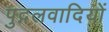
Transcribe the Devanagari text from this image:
पुद्गलवादियों